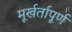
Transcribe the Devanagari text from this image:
मूर्खर्तापूर्ण